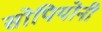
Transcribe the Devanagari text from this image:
सोपियोनी